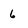
Character: 6